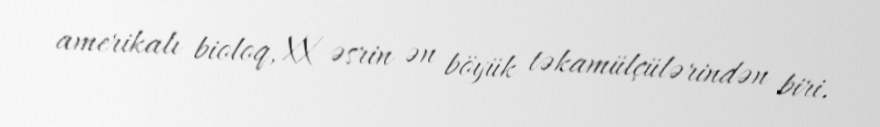
amerikalı bioloq, XX əsrin ən böyük təkamülçülərindən biri.